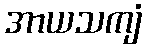
အာယသကျံ